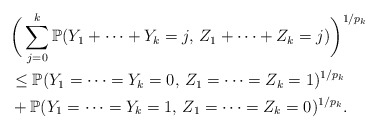
\begin{align*}& \bigg(\sum_{j=0}^{k} \mathbb{P}(Y_1+\cdots+Y_k=j,\, Z_1+\cdots+Z_k=j)\bigg)^{1/p_k} \\& \leq \mathbb{P}(Y_1=\cdots=Y_k=0,\, Z_1=\cdots=Z_k=1)^{1/p_k} \\& + \mathbb{P}(Y_1=\cdots=Y_k=1,\, Z_1=\cdots=Z_k=0)^{1/p_k}.\end{align*}